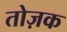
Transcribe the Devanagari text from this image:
तोज़क